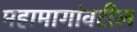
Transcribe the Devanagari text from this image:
महामागांवरील